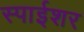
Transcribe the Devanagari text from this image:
स्पाईशर